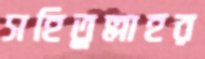
সহিতুল্লাহর